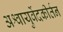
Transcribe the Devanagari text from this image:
अश्वायुर्वेदकीर्तन